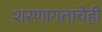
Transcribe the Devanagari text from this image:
शरणागतांचेही